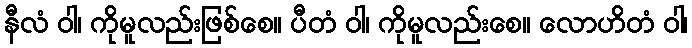
နီလံ ဝါ၊ ကိုမူလည်းဖြစ်စေ။ ပီတံ ဝါ၊ ကိုမူလည်းစေ။ လောဟိတံ ဝါ၊